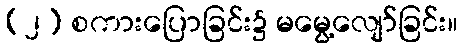
(၂) စကားပြောခြင်း၌ မမွေ့လျော်ခြင်း။